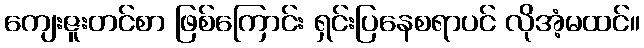
ကျေးဇူးတင်စာ ဖြစ်ကြောင်း ရှင်းပြနေစရာပင် လိုအံ့မထင်။